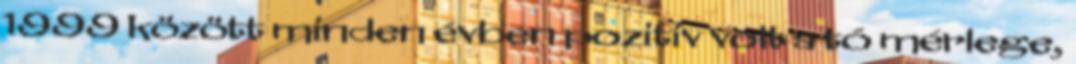
1999 között minden évben pozitív volt a tó mérlege,